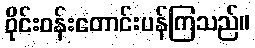
ဝိုင်းဝန်းတောင်းပန်ကြသည်။